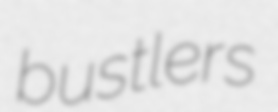
bustlers